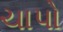
ચાપો